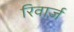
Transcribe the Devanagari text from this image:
रिवार्ज़